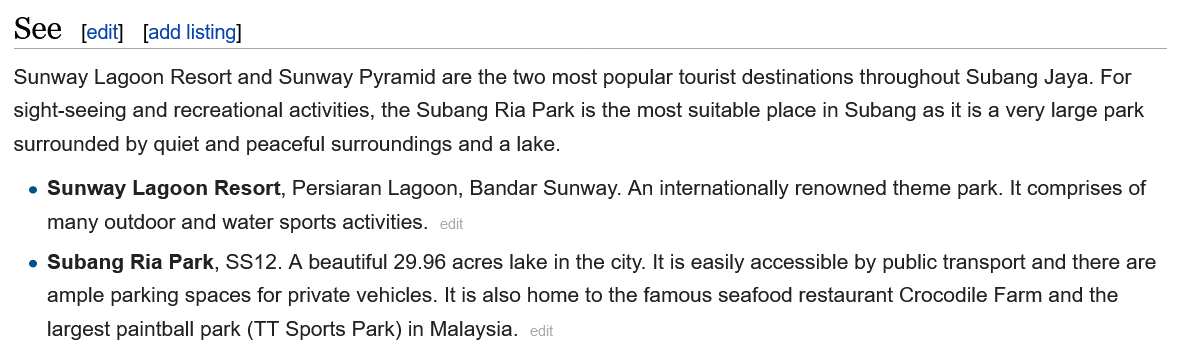
See
  Sunway Lagoon Resort and Sunway Pyramid are the two most popular tourist destinations throughout Subang Jaya. For
  sight-seeing and recreational activities, the Subang Ria Park is the most suitable place in Subang as it is a very large park
  surrounded by quiet and peaceful surroundings and a lake.
    » Sunway Lagoon Resort, Persiaran Lagoon, Bandar Sunway. An internationally renowned theme park. It comprises of
     many outdoor and water sports activities.
    -
     Subang Ria Park, SS12. A beautiful 29.96 acres lake in the city. It is easily accessible by public transport and there are
     ample parking spaces for private vehicles. It is also home to the famous seafood restaurant Crocodile Farm and the
     largest paintball park (TT Sports Park) in Malaysia.
     [edit] [add listing]